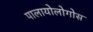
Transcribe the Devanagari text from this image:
पालायोलोगोस